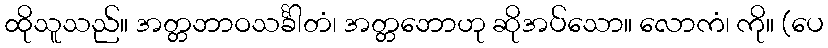
ထိုသူသည်။ အတ္တဘာဝသင်္ခါတံ၊ အတ္တဘောဟု ဆိုအပ်သော။ လောကံ၊ ကို။ (ပေ